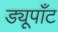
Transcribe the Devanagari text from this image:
ड्यूपाँट